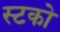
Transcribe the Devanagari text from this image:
स्टको